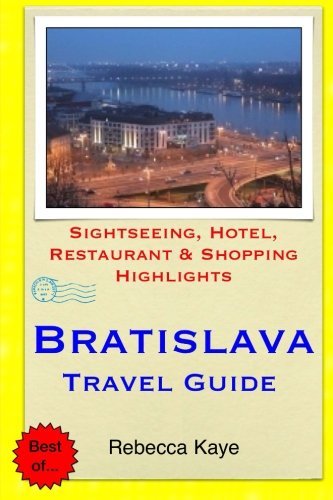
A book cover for Bratislava Travel Guide: Sightseeing, Hotel, Restaurant & Shopping Highlights; Rebecca Kaye; Travel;